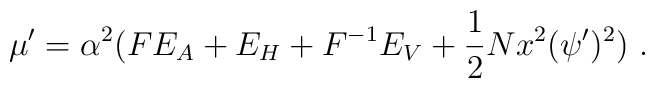
\mu' = \alpha^2 (FE_A + E_H + F^{-1} E_V + {1\over 2} N x^2(\psi')^2)\ .